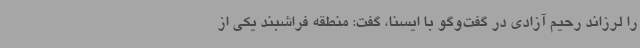
را لرزاند رحیم آزادی در گفت‌وگو با ایسنا، گفت: منطقه فراشبند یکی از